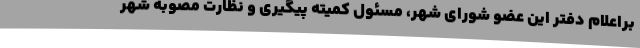
براعلام دفتر این عضو شورای شهر، مسئول کمیته پیگیری و نظارت مصوبه شهر